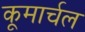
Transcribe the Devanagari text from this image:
कूमार्चल